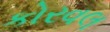
કોરવલ